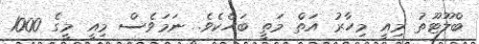
ބްލޫޓޫތު މިއީ މިހާރު އަތް މަތީ ބަހެކެވެ. ނަމަވެސް މިއީ މީގެ 1000